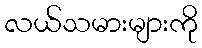
လယ်သမားများကို